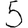
Digit: 5